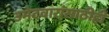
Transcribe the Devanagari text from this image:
उमेदवारांसाठीही